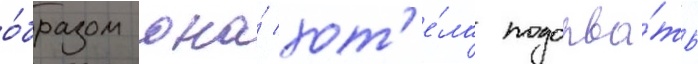
о́бразом она́ хот'е́ла подорва́ть